Scientific memoirs by medical officers of the Army of India - Part V,
Year: 1890
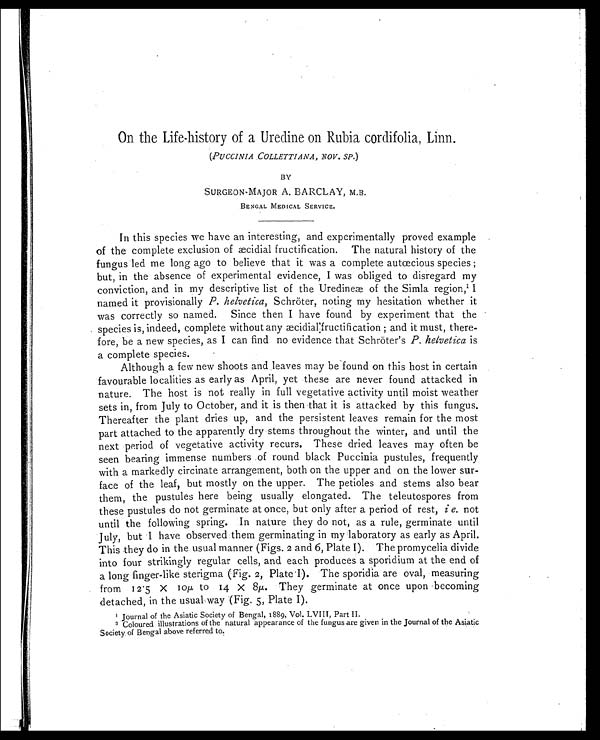
On the Life-history of a Uredine on Rubia cordifolia, Linn.
(PUCCINIA COLLETTIANA, NOV. SP. )
BY
SURGEON-MAJOR A. BARCLAY, M.B.
BENGAL MEDICAL SERVICE.
In this species we have an interesting, and experimentally proved example
of the complete exclusion of æcidial fructification. The natural history of the
fungus led me long ago to believe that it was a complete autœcious species;
but, in the absence of experimental evidence, I was obliged to disregard my
conviction, and in my descriptive list of the Uredinea of the Simla region,1 I
named it provisionally P. helvetica, Schröter, noting my hesitation whether
i t w a s c o r r e c t l y s o n a m e d . S i n c e t h e n I h a v e f o u n d b y e x p e r i m e n t t h a t t h e
species is, indeed, complete without any æcidial fructification; and it must, there
- f o r e , b e a n e w s p e c i e s , a s I c a n f i n d n o e v i d e n c e t h a t S c h r ö t e r ' sP
. h e l v e t i c a
i s
a complete species.
Although a few new shoots and leaves may be found on this host in certain
favourable localities as early as April, yet these are never found attacked in
nature. The host is not really in full vegetative activity until moist weather
sets in, from July to October, and it is then that it is attacked by this fungus.
Thereafter the plant dries up, and the persistent leaves remain for the most
part attached to the apparently dry stems throughout the winter, and until the
next period of vegetative activity recurs. These dried leaves may often be
seen bearing immense numbers of round black Puccinia pustules, frequently
with a markedly circinate arrangement, both on the upper and on the lower sur
-face of the leaf, but mostly on the upper. The petioles and stems also bear
them, the pustules here being usually elongated. The teleutospores from
these pustules do not germinate at once, but only after a period of rest, i e. not
until the following spring. In nature they do not, as a rule, germinate until
July, but I have observed them germinating in my laboratory as early as April.
This they do in the usual manner (Figs. 2 and 6, Plate I). The promycelia divide
into four strikingly regular cells, and each produces a sporidium at the end of
a long finger-like sterigma (Fig. 2, Plate I). The sporidia are oval, measuring
from 12.5 X 10µ to 14 X 8µ. They germinate at once upon becoming
detached, in the usual way (Fig. 5, Plate I).
1 J o u r n a l o f t h e A s i a t i c S o c i e t y o f B e n g a l , 1 8 8 9 , V o l . L V I I I , P a r t I I .
2 Coloured illustrations of the natural appearance of the fungus are given in the Journal of the Asiatic
Society of Bengal above referred to.